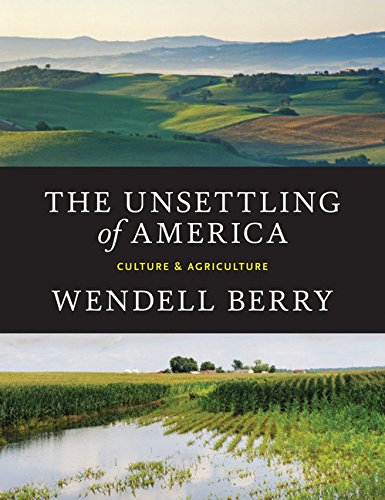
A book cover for The Unsettling of America: Culture & Agriculture; Wendell Berry; Science & Math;